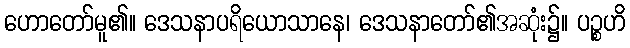
ဟောတော်မူ၏။ ဒေသနာပရိယောသာနေ၊ ဒေသနာတော်၏အဆုံး၌။ ပဉ္စဟိ